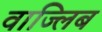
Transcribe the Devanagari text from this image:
वाज्लिब